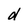
Character: d